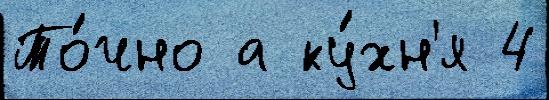
То́чно а ку́хн'я 4